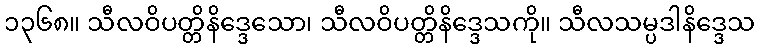
၁၃၆၈။ သီလဝိပတ္တိနိဒ္ဒေသော၊ သီလဝိပတ္တိနိဒ္ဒေသကို။ သီလသမ္ပဒါနိဒ္ဒေသ